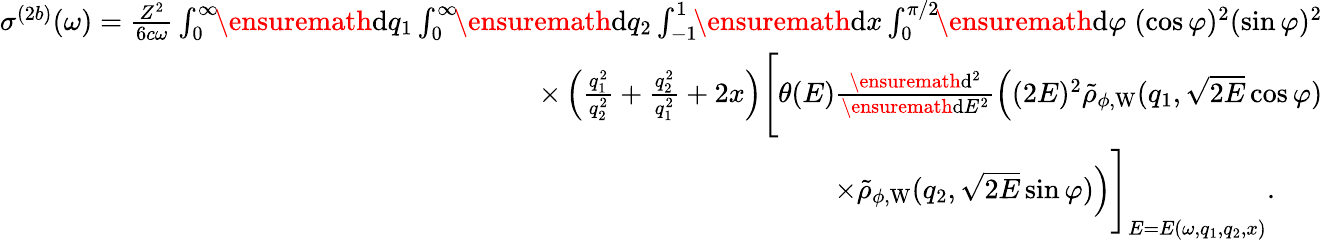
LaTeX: \begin{array}{r}{\sigma^{(2b)}(\omega)=\frac{Z^{2}}{6c\omega}\int_{0}^{\infty}\! \! \ensuremath{\mathrm{d}}q_{1}\int_{0}^{\infty}\! \! \ensuremath{\mathrm{d}}q_{2}\int_{-1}^{1}\! \! \ensuremath{\mathrm{d}}x\int_{0}^{\pi/2}\! \! \ensuremath{\mathrm{d}}\varphi\; (\cos\varphi)^{2}(\sin\varphi)^{2}}\\ {\times\left(\frac{q_{1}^{2}}{q_{2}^{2}}+\frac{q_{2}^{2}}{q_{1}^{2}}+2x\right)\Biggl[\theta(E)\frac{\ensuremath{\mathrm{d}}^{2}}{\ensuremath{\mathrm{d}}E^{2}}\Bigl((2E)^{2}\tilde{\rho}_{\phi,\mathrm{W}}(q_{1},\sqrt{2E}\cos\varphi)}\\ {\times\tilde{\rho}_{\phi,\mathrm{W}}(q_{2},\sqrt{2E}\sin\varphi)\Bigl)\Biggl]_{E=E(\omega,q_{1},q_{2},x)}.\; \; \; \; \; \; }\end{array}